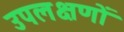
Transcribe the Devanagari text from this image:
उपलक्षणों